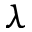
\lambda